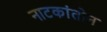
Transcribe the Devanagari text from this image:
नाटकांतोन